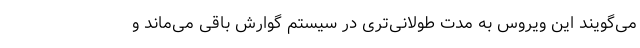
می‌گویند این ویروس به مدت طولانی‌تری در سیستم گوارش باقی می‌ماند و